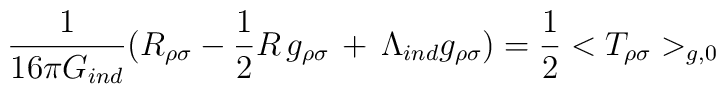
{1\over{16\pi G_{ind}}}(R_{\rho\sigma}-{1\over 2} R\, g_{\rho\sigma}\, +\,\Lambda_{ind}g_{\rho\sigma}) = {1\over 2}<T_{\rho\sigma}>_{g,0}